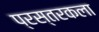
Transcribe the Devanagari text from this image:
प्रस्तरकला